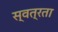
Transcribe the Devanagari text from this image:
स्वत्रता